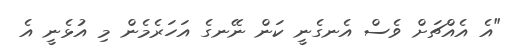
"އެ އެއްޗަށް ވެސް އެނގެނީ ކަން ނޭނގެ އަހަރެމެން މި އުޅެނީ އެ